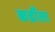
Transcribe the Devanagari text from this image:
कर्डीला